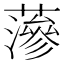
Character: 𮒌